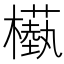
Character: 𣞕